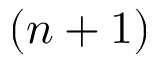
( n + 1 )